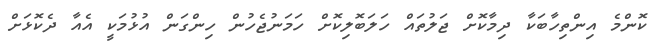
ކޮންމެ އިންތިހާބަކާ ދިމާކޮށް ޖަލުތައް ހަލަބޮލިކޮށް ހަމަނުޖެހުން ހިންގަން އުޅުމަކީ އެއާ ދެކޮޅަށް